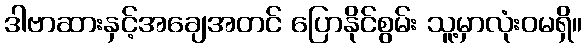
ဒါဗာဆားနှင့်အချေအတင် ပြောနိုင်စွမ်း သူ့မှာလုံးဝမရှိ။